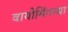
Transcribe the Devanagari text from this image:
वायोमिंगच्या